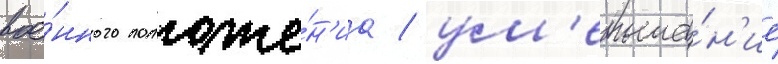
вое́нного положе́н'иа / ум'еньше́н'ие